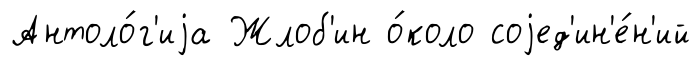
Антоло́г'иjа Жлоб'ин о́коло соjед'ин'е́н'ий